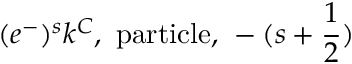
( e ^ { - } ) ^ { s } k ^ { C } \mathrm { , ~ p a r t i c l e , ~ } - ( s + \frac { 1 } { 2 } )